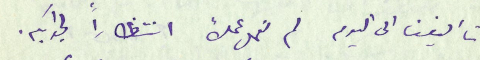
تأليفنا الى اليوم لم نعمل عملاً انتظاراً لجوابكم.